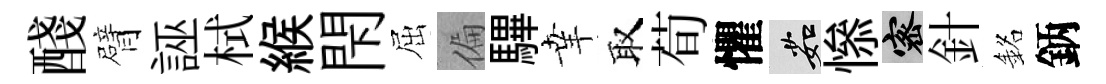
醆臂誣栻緱閇屈偏驆𦍒取荀懼茹𢡖密針銘鈵